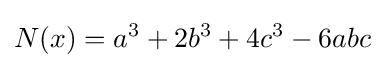
N(x)=a^{3}+2b^{3}+4c^{3}-6abc